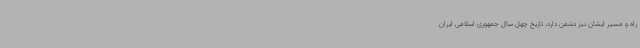
راه و مسیر ایشان نیز دشمن دارد، تاریخ چهل سال جمهوری اسلامی ایران